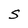
Character: S